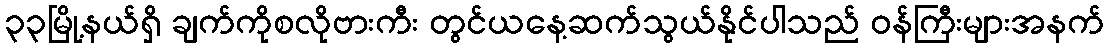
၃၃မြို့နယ်ရှိ ချက်ကိုစလိုဗားကီး တွင်ယနေ့ဆက်သွယ်နိုင်ပါသည် ဝန်ကြီးများအနက်